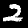
Label: 2